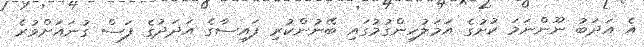
އެ އަދަބު ނޫންނަމަ ކުށުގެ އަމަލުހިންގުމުގައި ބޭނުންކުރި ފައިސާގެ އަދަދުގެ ފަސް ގުނައަށްވުރެ